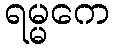
ရမ္မကေ